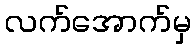
လက်အောက်မှ